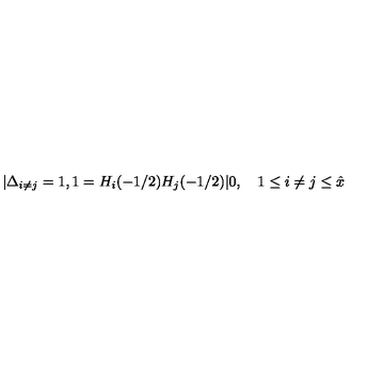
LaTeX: | \Delta _ { i \ne j } = 1 , 1 = H _ { i } ( - 1 / 2 ) H _ { j } ( - 1 / 2 ) | 0 , \quad 1 \le i \ne j \le { \hat { x } }